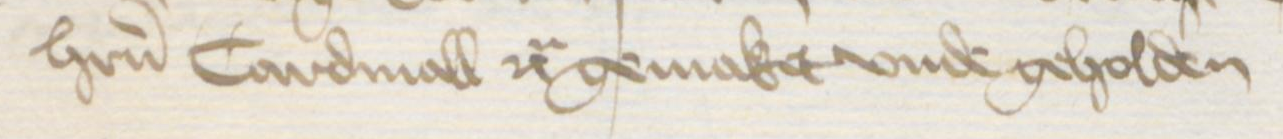
Transcription: herrn Cardinall etc gemaket vnde geholden